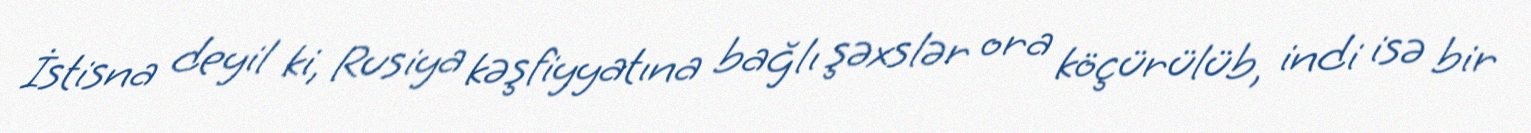
İstisna deyil ki, Rusiya kəşfiyyatına bağlı şəxslər ora köçürülüb, indi isə bir